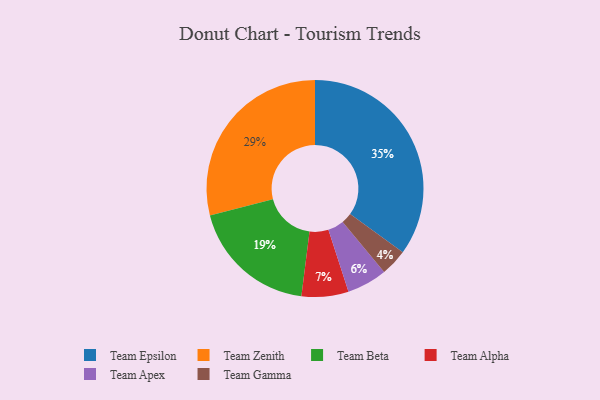
{"axis": {"x": "Category", "y": "Percentage"}, "legend": ["Team Alpha", "Team Apex", "Team Beta", "Team Epsilon", "Team Gamma", "Team Zenith"], "data": [{"x": "Team Gamma", "y": 4, "type": "Team Gamma"}, {"x": "Team Alpha", "y": 7, "type": "Team Alpha"}, {"x": "Team Apex", "y": 6, "type": "Team Apex"}, {"x": "Team Zenith", "y": 29, "type": "Team Zenith"}, {"x": "Team Epsilon", "y": 35, "type": "Team Epsilon"}, {"x": "Team Beta", "y": 19, "type": "Team Beta"}]}